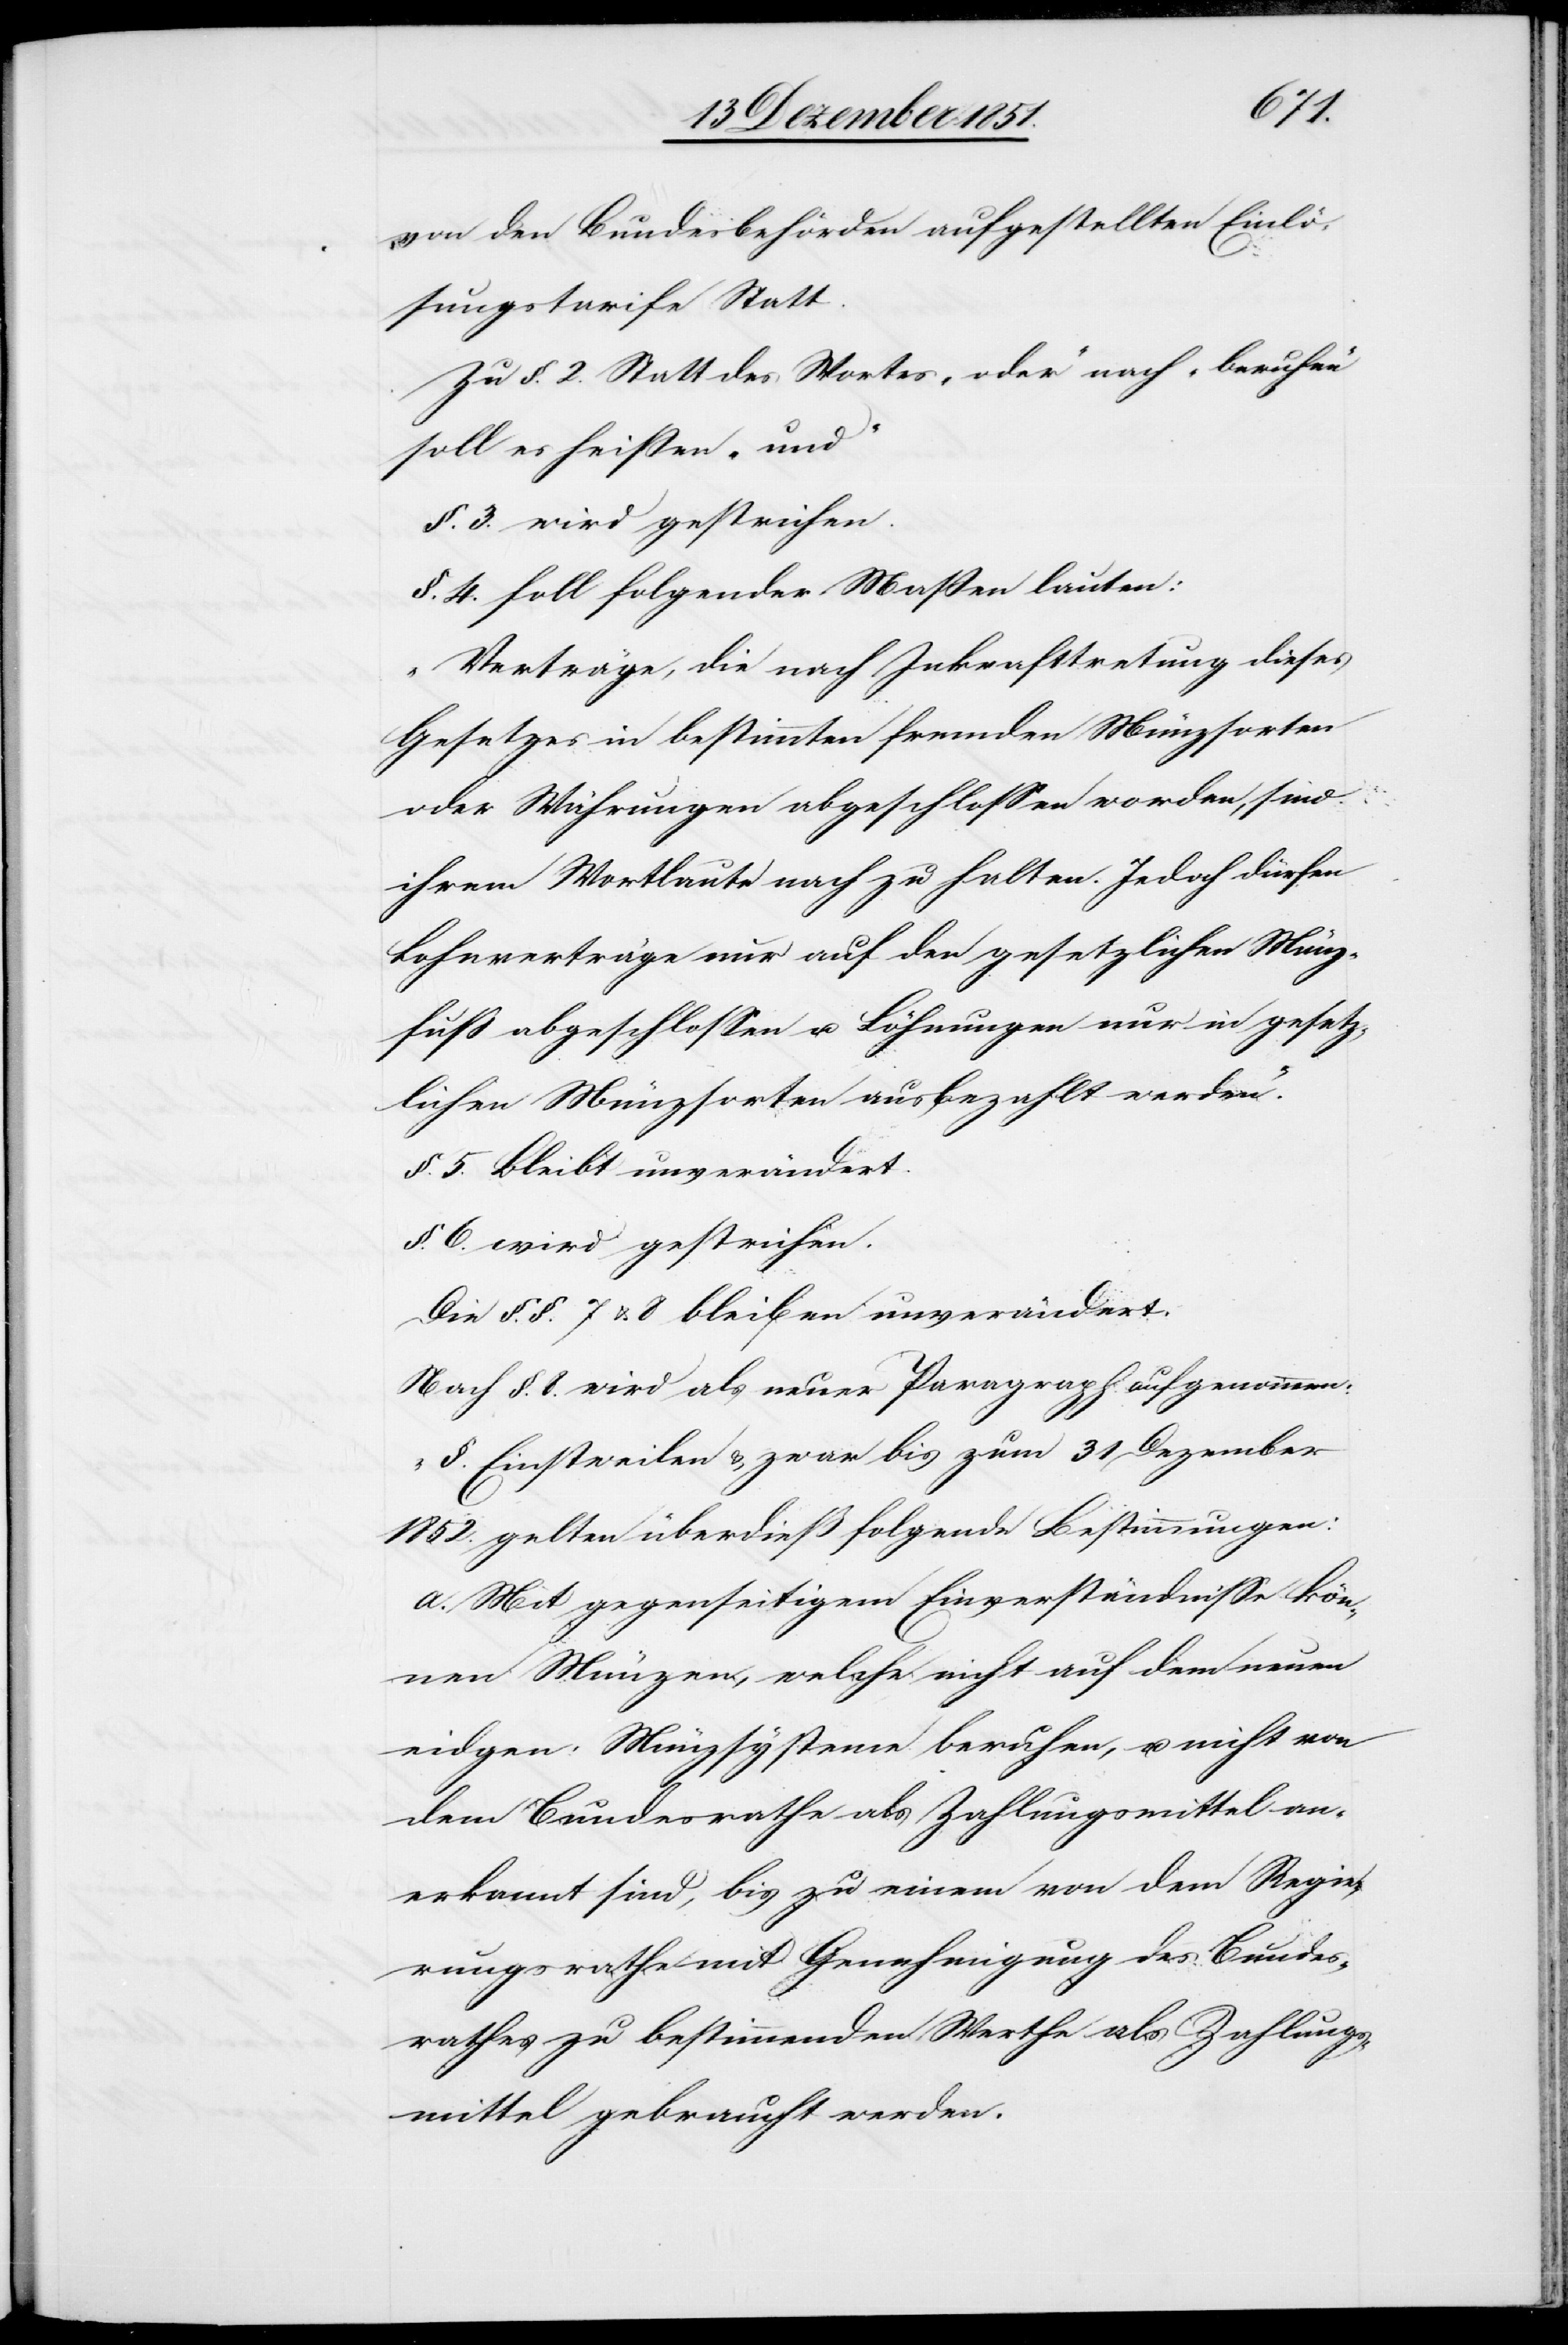
t.[“]
von den Bundesbehörden aufgestellten Einlö¬
sungstarife Stat¬
Zu §. 2. Statt des Wortes „oder“ nach „beruhen“
soll es heißen „und“
§. 3. wird gestrichen.
§. 4. soll folgender Maßen lauten:
„Verträge, die nach Inkrafttretung dieses
Gesetzes in bestimmten fremden Münzsorten
oder Währungen abgeschlossen worden, sind
ihrem Wortlaute nach zu halten. Jedoch dürfen
Lohnverträge nur auf den gesetzlichen Münz¬
fuß abgeschlossen u. Löhnungen nur in gesetz¬
lichen Münzsorten ausbezahlt werden.“
§. 5. bleibt unverändert.
§. 6. wird gestrichen.
Die §§. 7 & 8 bleiben unverändert.
Nach §. 8. wird als neuer Paragraph aufgenommen:
„§. Einstweilen & zwar bis zum 31 Dezember
1852. gelten überdieß folgende Bestimmungen:
a. Mit gegenseitigem Einverständnisse kön¬
nen Münzen, welche nicht auf dem neuen
eidgen: Münzsysteme beruhen, u. nicht von
dem Bundesrathe als Zahlungsmittel an¬
erkannt sind, bis zu einem von dem Regie¬
rungsrathe mit Genehmigung des Bundes¬
rathes zu bestimmenden Werthe als Zahlungs¬
mittel gebraucht werden.